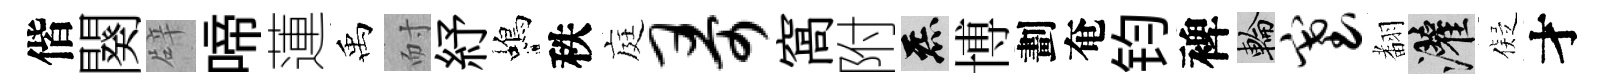
偕闋辟啼蓮禹耐紓蝎秩庭哥窩附炁博劃奄钧裨輪塞𮋒灌儗才